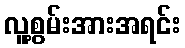
လူ့စွမ်းအားအရင်း